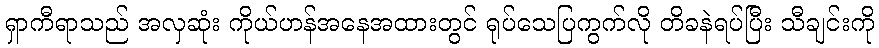
ရှာကီရာသည် အလှဆုံး ကိုယ်ဟန်အနေအထားတွင် ရုပ်သေပြကွက်လို တိခနဲရပ်ပြီး သီချင်းကို